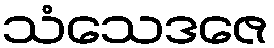
သံသေဒဇေ